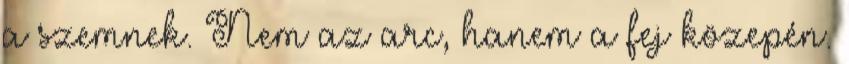
a szemnek. Nem az arc, hanem a fej közepén.